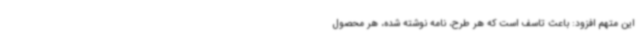
این متهم افزود: باعث تاسف است که هر طرح، نامه نوشته شده، هر محصول